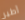
أطير